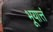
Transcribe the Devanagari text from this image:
भूयात्तं